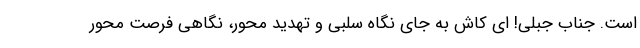
است. جناب جبلی! ای کاش به جای نگاه سلبی و تهدید محور، نگاهی فرصت محور